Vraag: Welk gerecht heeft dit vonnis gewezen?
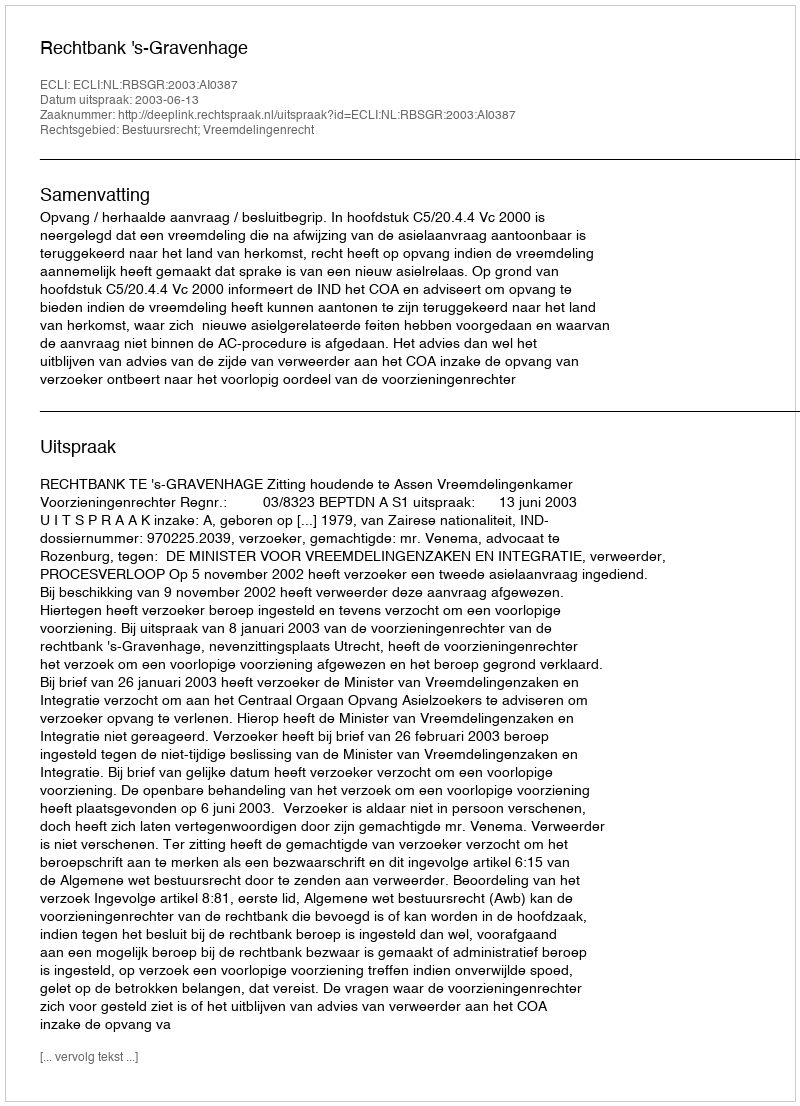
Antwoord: Rechtbank 's-Gravenhage